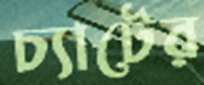
চ্যাটের